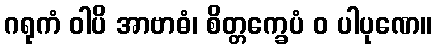
ဂရုကံ ဝါပိ အာဗာဓံ၊ စိတ္တက္ခေပံ ဝ ပါပုဏေ။